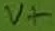
Text: V+